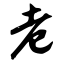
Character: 老